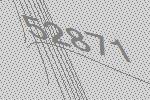
52871